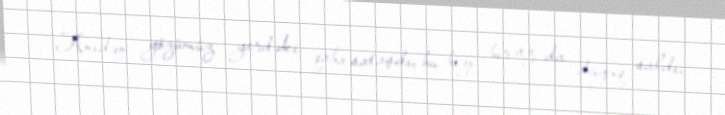
Anidən gözümüz yerdəki qaba sataşdı, bu bizi bir az da duyuq saldı,